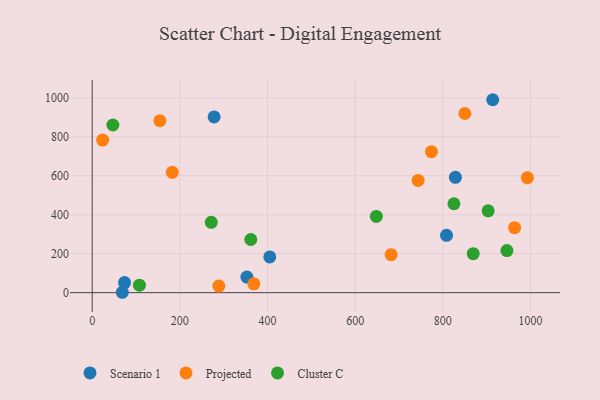
{"axis": {"x": "Speed", "y": "Yield"}, "legend": ["Cluster C", "Projected", "Scenario 1"], "data": [{"x": "808.5", "y": 294.4, "type": "Scenario 1"}, {"x": "405.2", "y": 183.5, "type": "Scenario 1"}, {"x": "73.8", "y": 51.9, "type": "Scenario 1"}, {"x": "913.9", "y": 990.1, "type": "Scenario 1"}, {"x": "278.2", "y": 901.9, "type": "Scenario 1"}, {"x": "828.8", "y": 591.8, "type": "Scenario 1"}, {"x": "353.0", "y": 80.0, "type": "Scenario 1"}, {"x": "68.7", "y": 2.0, "type": "Scenario 1"}, {"x": "182.7", "y": 617.6, "type": "Projected"}, {"x": "743.6", "y": 576.2, "type": "Projected"}, {"x": "774.2", "y": 723.7, "type": "Projected"}, {"x": "154.4", "y": 882.1, "type": "Projected"}, {"x": "963.8", "y": 333.4, "type": "Projected"}, {"x": "368.8", "y": 45.2, "type": "Projected"}, {"x": "850.3", "y": 919.3, "type": "Projected"}, {"x": "289.0", "y": 33.6, "type": "Projected"}, {"x": "682.1", "y": 195.0, "type": "Projected"}, {"x": "23.8", "y": 782.9, "type": "Projected"}, {"x": "993.0", "y": 590.2, "type": "Projected"}, {"x": "648.4", "y": 391.4, "type": "Cluster C"}, {"x": "47.2", "y": 860.3, "type": "Cluster C"}, {"x": "946.3", "y": 216.1, "type": "Cluster C"}, {"x": "869.4", "y": 199.9, "type": "Cluster C"}, {"x": "361.9", "y": 272.7, "type": "Cluster C"}, {"x": "825.4", "y": 456.4, "type": "Cluster C"}, {"x": "107.8", "y": 38.5, "type": "Cluster C"}, {"x": "271.7", "y": 361.2, "type": "Cluster C"}, {"x": "903.5", "y": 419.8, "type": "Cluster C"}]}